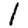
Digit: 1